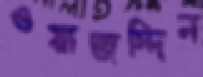
ওয়াজদ্দিন